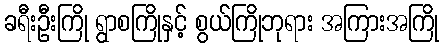
ခရီးဦးကြို ရွာစကြိုနှင့် စွယ်ကြိုဘုရား အကြားအကြို